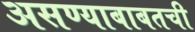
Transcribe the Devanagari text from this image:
असण्याबाबतची